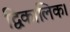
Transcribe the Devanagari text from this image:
द्विकालिक।